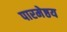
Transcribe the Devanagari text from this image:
पारमेष्ठय